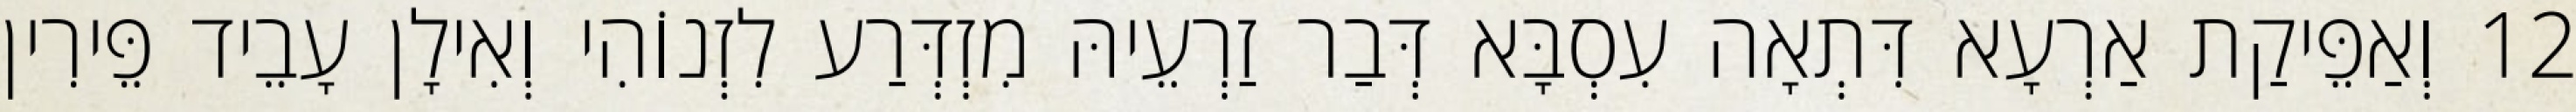
12 וְאַפֵּיקַת אַרְעָא דִּתְאָה עִסְבָּא דְּבַר זַרְעֵיהּ מִזְדְּרַע לִזְנוֹהִי וְאִילָן עָבֵיד פֵּירִין